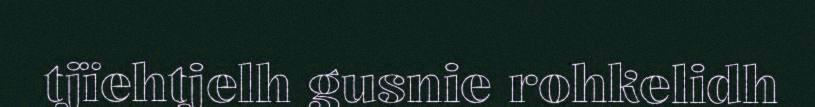
tjïehtjelh gusnie rohkelidh